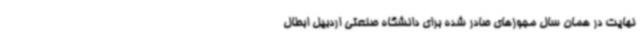
نهایت در همان سال مجوزهای صادر شده برای دانشگاه صنعتی اردبیل ابطال